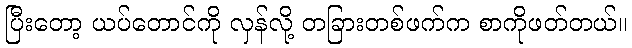
ပြီးတော့ ယပ်တောင်ကို လှန်လို့ တခြားတစ်ဖက်က စာကိုဖတ်တယ်။